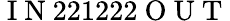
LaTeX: \mathrm{~I~N~}221222\mathrm{~O~U~T~}